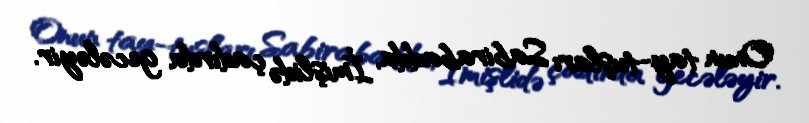
Onun tay-tuşları Sabirabadda, İmişlidə çadırda gecələyir.